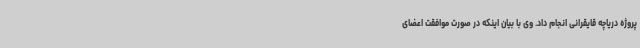
پروژه دریاچه قایقرانی انجام داد. وی با بیان اینکه در صورت موافقت اعضای